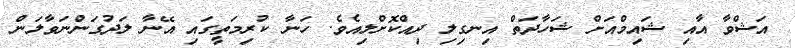
އަޝްވާ އާއި ޝައިމްއަށް ޝަހާދަތް އިނގިލި ދިއްކޮށްލިއެވެ. ހަނާ ކުރިމަތީގައި އޭނާ ލަދުގަންނަވާލަން